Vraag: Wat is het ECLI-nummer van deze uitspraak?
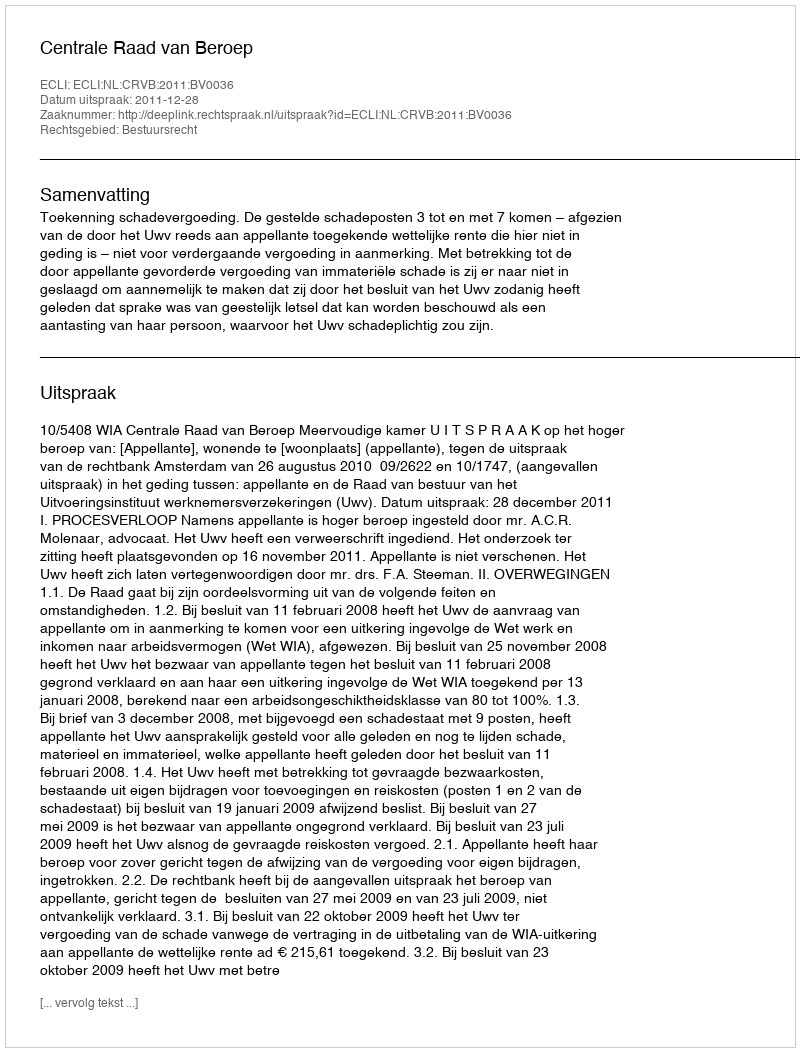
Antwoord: ECLI:NL:CRVB:2011:BV0036